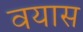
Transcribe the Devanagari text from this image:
वयास